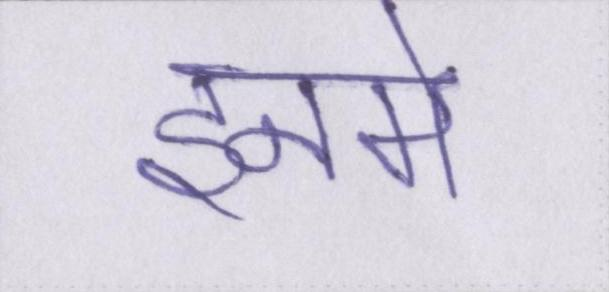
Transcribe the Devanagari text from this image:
इनमे